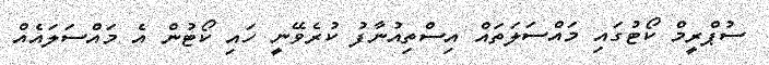
ސުޕްރީމް ކޯޓުގައި މައްސަލަތައް އިސްތިއުނާފު ކުރެވޭނީ ހައި ކޯޓުން އެ މައްސަލައެއް